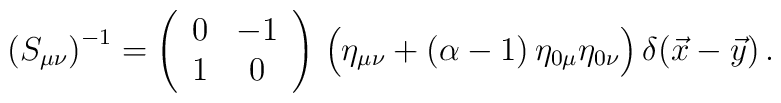
\bigl(S_{\mu\nu}\bigr)^{-1}=\left(\begin{array}{cc}0&-1\\1&0\\\end{array}\right)\,\Bigl(\eta_{\mu\nu}+(\alpha-1)\,\eta_{0\mu}\eta_{0\nu}\Bigr)\,\delta(\vec x-\vec y)\,.